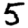
Digit: 5